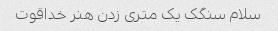
سلام سنگک یک متری زدن هنر خداقوت